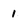
Character: 1